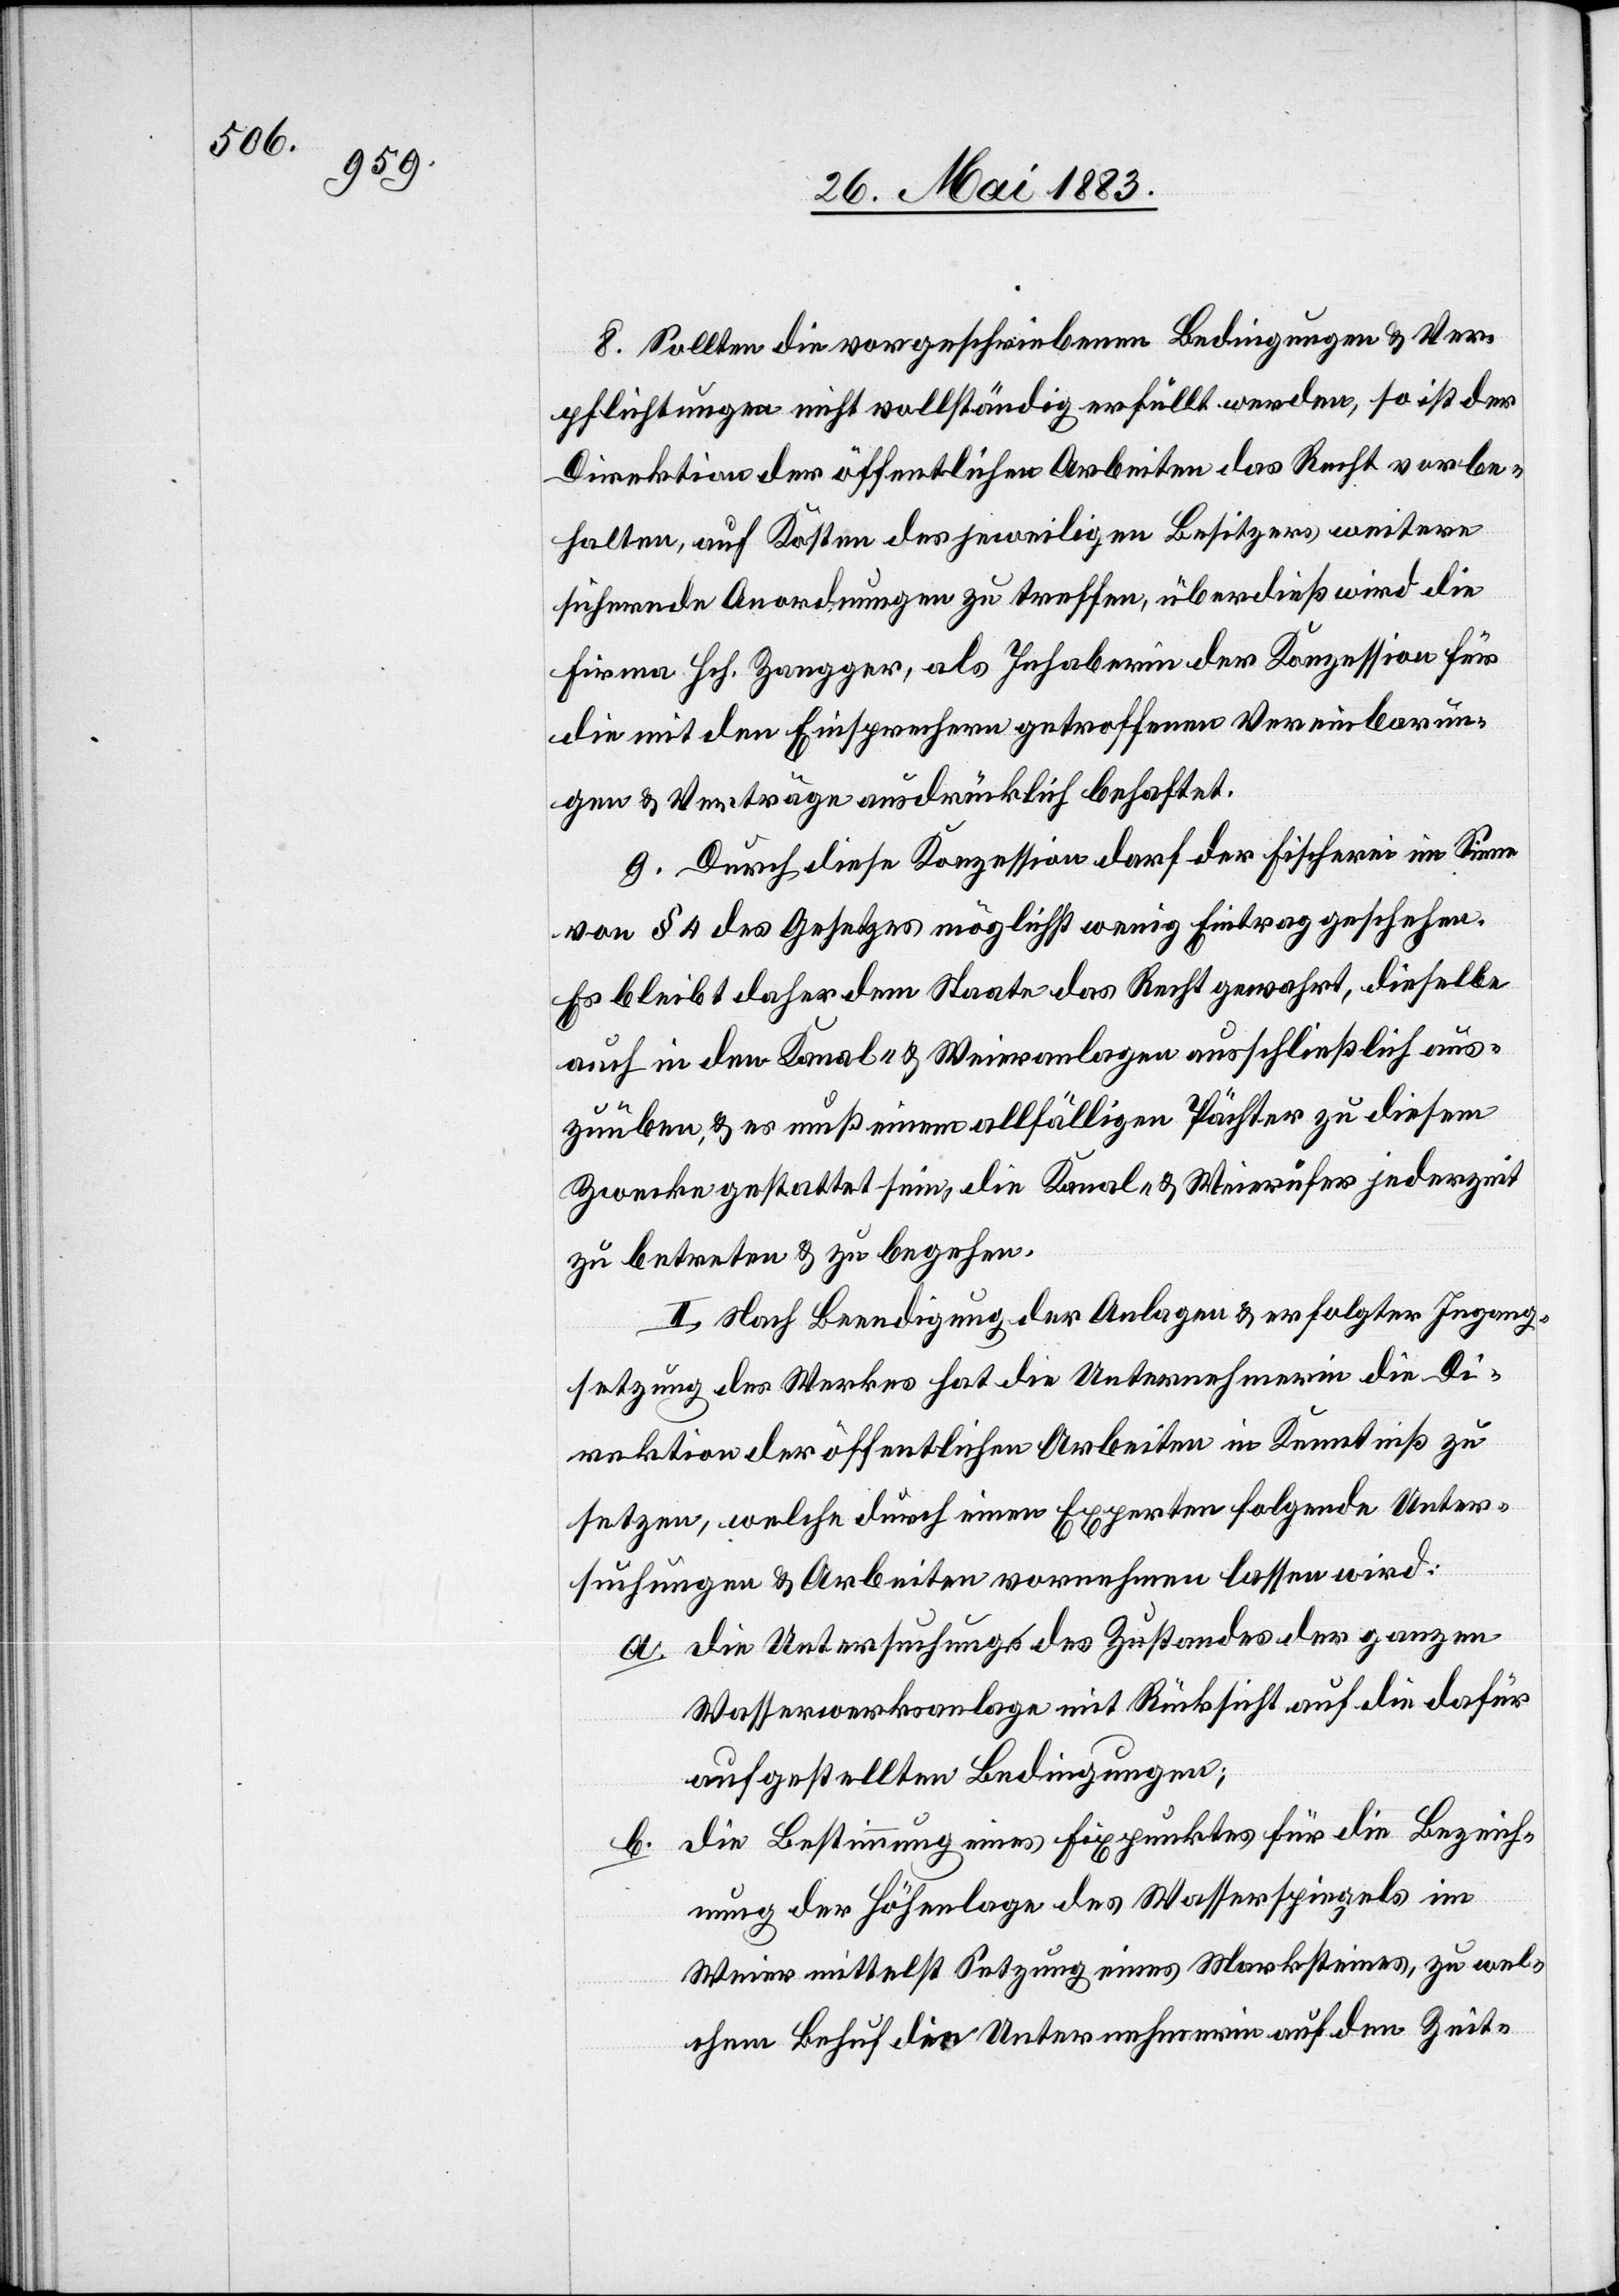
8. Sollten die vorgeschriebenen Bedingungen & Ver¬
pflichtungen nicht vollständig erfüllt werden, so ist der
Direktion der öffentlichen Arbeiten das Recht vorbe¬
halten, auf Kosten des jeweiligen Besitzers, weitere
sichernde Anordnungen zu treffen, überdieß wird die
Firma Hch. Zangger, als Inhaberin der Konzession für
die mit den Einsprechern getroffenen Vereinbarun¬
gen & Verträge ausdrücklich behaftet.
9. Durch diese Konzession darf der Fischerei im Sinne
von § 4 des Gesetzes möglichst wenig Eintrag geschehen.
Es bleibt daher dem Staate das Recht gewahrt, dieselbe
auch in den Kanal- & Weieranlagen ausschließlich aus¬
zuüben & es muß einem allfälligen Pächter zu diesem
Zwecke gestattet sein, die Kanal- & Weierufer jederzeit
zu betreten & zu begehen.
II. Nach Beendigung der Anlagen & erfolgter Ingang¬
setzung des Werkes hat die Unternehmerin die Di¬
rektion der öffentlichen Arbeiten in Kenntniß zu
setzen, welche durch einen Experten folgende Unter¬
suchungen & Arbeiten vornehmen lassen wird:
a. Die Untersuchung des Zustandes der ganzen
Wasserwerksanlage mit Rücksicht auf die dafür
aufgestellten Bedingungen;
Die Bestimmung eines Fixpunktes für die Beziffe¬
b.
rung der Höhenlage des Wasserspiegels im
Weier mittelst Setzung eines Marksteines, zu wel¬
chem Behuf die Unternehmerin auf den Zeit-